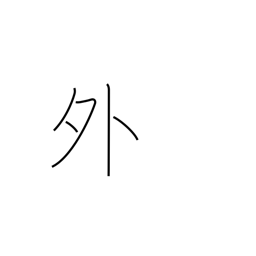
Meaning: outside